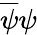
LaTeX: {\overline{{\psi}}}\psi